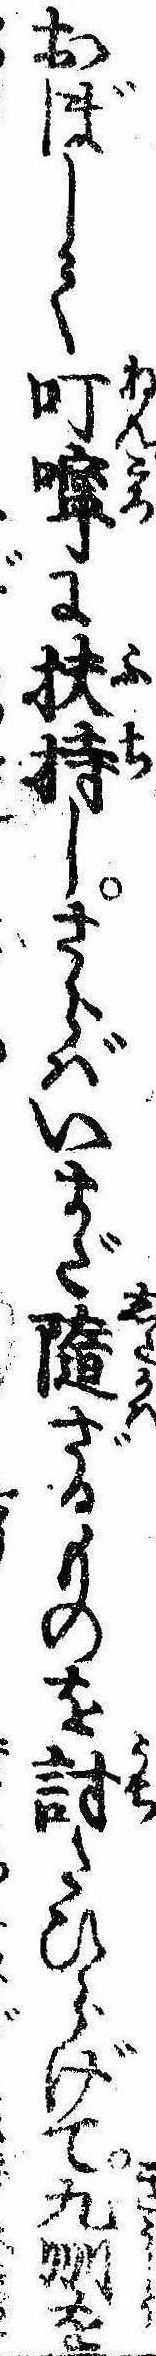
おぼして叮嚀に扶持しさらばいまだ随ざるものを討たひらげて九州を